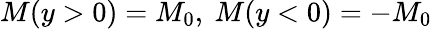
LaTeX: M(y>0)=M_{0},~M(y<0)=-M_{0}